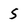
Character: 5